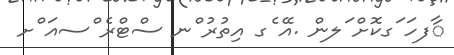
ާފހަ ަގކޮށް ަލން .އޭ ެގ އިތުރު ްނ ސްޓްރެ ްސއަ ްށ